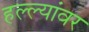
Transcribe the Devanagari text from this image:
हल्ल्यांवर